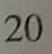
2 0